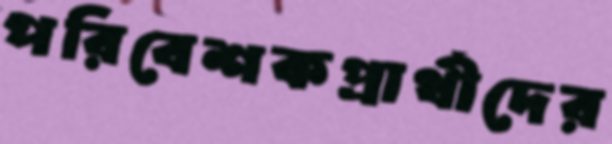
পরিবেশকপ্রার্থীদের